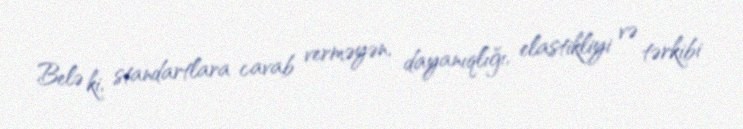
Belə ki, standartlara cavab verməyən, dayanıqlığı, elastikliyi və tərkibi